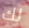
لك